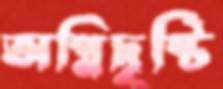
অগ্নিদৃষ্টি